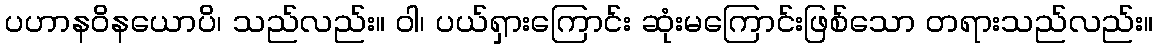
ပဟာနဝိနယောပိ၊ သည်လည်း။ ဝါ၊ ပယ်ရှားကြောင်း ဆုံးမကြောင်းဖြစ်သော တရားသည်လည်း။